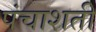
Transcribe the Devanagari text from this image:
पंचाशती